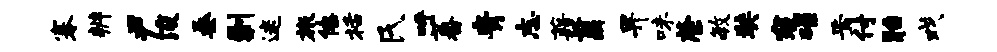
搴辨尹浚桑剿迷旅僚栝氏呼蕃青志藉翦畀味綮毓奘寇碌焉付胎戏